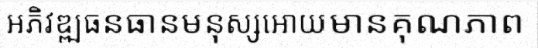
អភិវឌ្ឍធនធានមនុស្សអោយមានគុណភាព